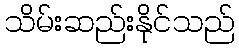
သိမ်းဆည်းနိုင်သည်